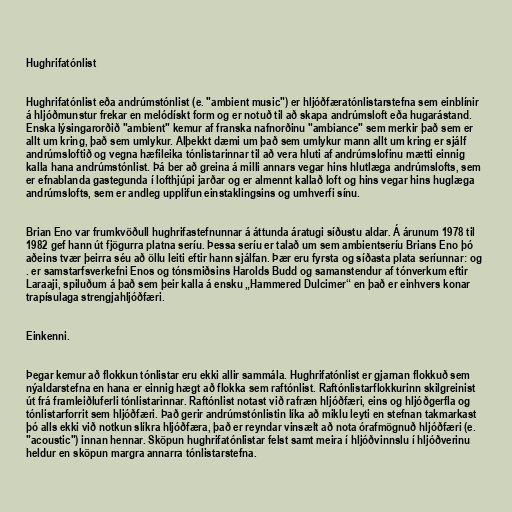
Hughrifatónlist

Hughrifatónlist eða andrúmstónlist (e. "ambient music") er hljóðfæratónlistarstefna sem einblínir
á hljóðmunstur frekar en melódískt form og er notuð til að skapa andrúmsloft eða hugarástand.
Enska lýsingarorðið "ambient" kemur af franska nafnorðinu "ambiance" sem merkir það sem er
allt um kring, það sem umlykur. Alþekkt dæmi um það sem umlykur mann allt um kring er sjálf
andrúmsloftið og vegna hæfileika tónlistarinnar til að vera hluti af andrúmslofinu mætti einnig
kalla hana andrúmstónlist. Þá ber að greina á milli annars vegar hins hlutlæga andrúmslofts, sem
er efnablanda gastegunda í lofthjúpi jarðar og er almennt kallað loft og hins vegar hins huglæga
andrúmslofts, sem er andleg upplifun einstaklingsins og umhverfi sínu.

Brian Eno var frumkvöðull hughrifastefnunnar á áttunda áratugi síðustu aldar. Á árunum 1978 til
1982 gef hann út fjögurra platna seríu. Þessa seríu er talað um sem ambientseríu Brians Eno þó
aðeins tvær þeirra séu að öllu leiti eftir hann sjálfan. Þær eru fyrsta og síðasta plata seríunnar: og
. er samstarfsverkefni Enos og tónsmiðsins Harolds Budd og samanstendur af tónverkum eftir
Laraaji, spiluðum á það sem þeir kalla á ensku „Hammered Dulcimer“ en það er einhvers konar
trapísulaga strengjahljóðfæri.

Einkenni.

Þegar kemur að flokkun tónlistar eru ekki allir sammála. Hughrifatónlist er gjarnan flokkuð sem
nýaldarstefna en hana er einnig hægt að flokka sem raftónlist. Raftónlistarflokkurinn skilgreinist
út frá framleiðluferli tónlistarinnar. Raftónlist notast við rafræn hljóðfæri, eins og hljóðgerfla og
tónlistarforrit sem hljóðfæri. Það gerir andrúmstónlistin líka að miklu leyti en stefnan takmarkast
þó alls ekki við notkun slíkra hljóðfæra, það er reyndar vinsælt að nota órafmögnuð hljóðfæri (e.
"acoustic") innan hennar. Sköpun hughrifatónlistar felst samt meira í hljóðvinnslu í hljóðverinu
heldur en sköpun margra annarra tónlistarstefna.